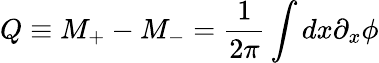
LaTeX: Q\equiv M_{+}-M_{-}=\frac{1}{2\pi}\int dx\partial_{x}\phi